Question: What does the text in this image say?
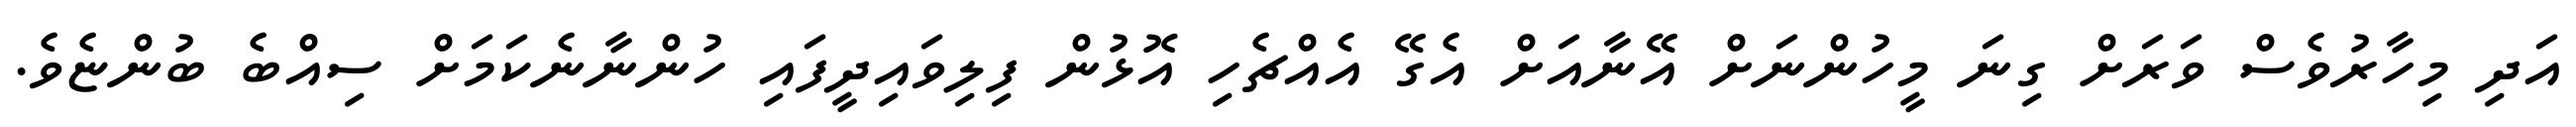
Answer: އަދި މިހާރުވެސް ވަރަށް ގިނަ މީހުންނަށް އޭނާއަށް އެގޭ އެއްޗެހި އޮޅުން ފިލިވައިދީފައި ހުންނާނެކަމަށް ސިއްބެ ބުންޏެވެ.